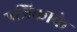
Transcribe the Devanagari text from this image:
पत्रिकाके